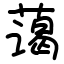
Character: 蔼